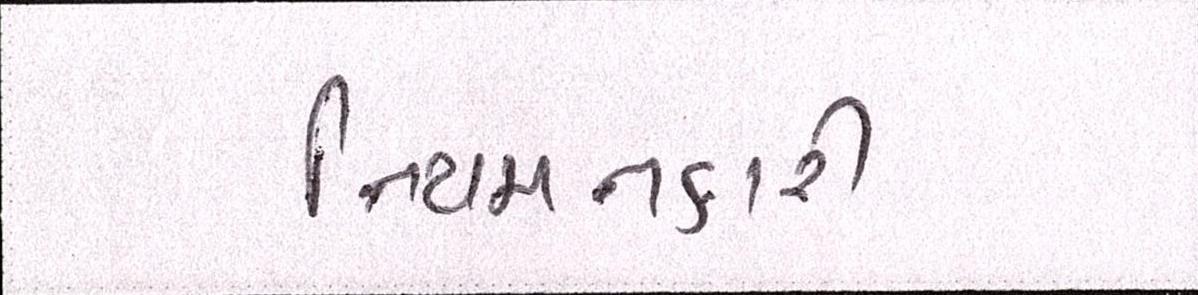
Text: નિયમનકારી